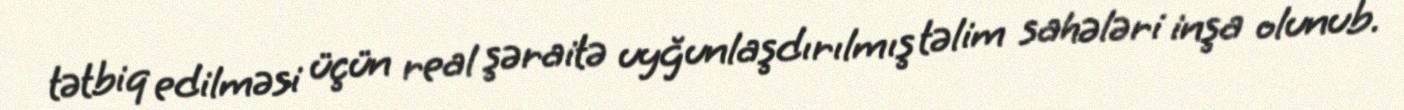
tətbiq edilməsi üçün real şəraitə uyğunlaşdırılmış təlim sahələri inşa olunub.